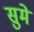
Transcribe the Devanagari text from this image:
सुमे